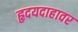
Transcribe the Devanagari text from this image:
हृदयदाहावर